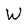
Character: W